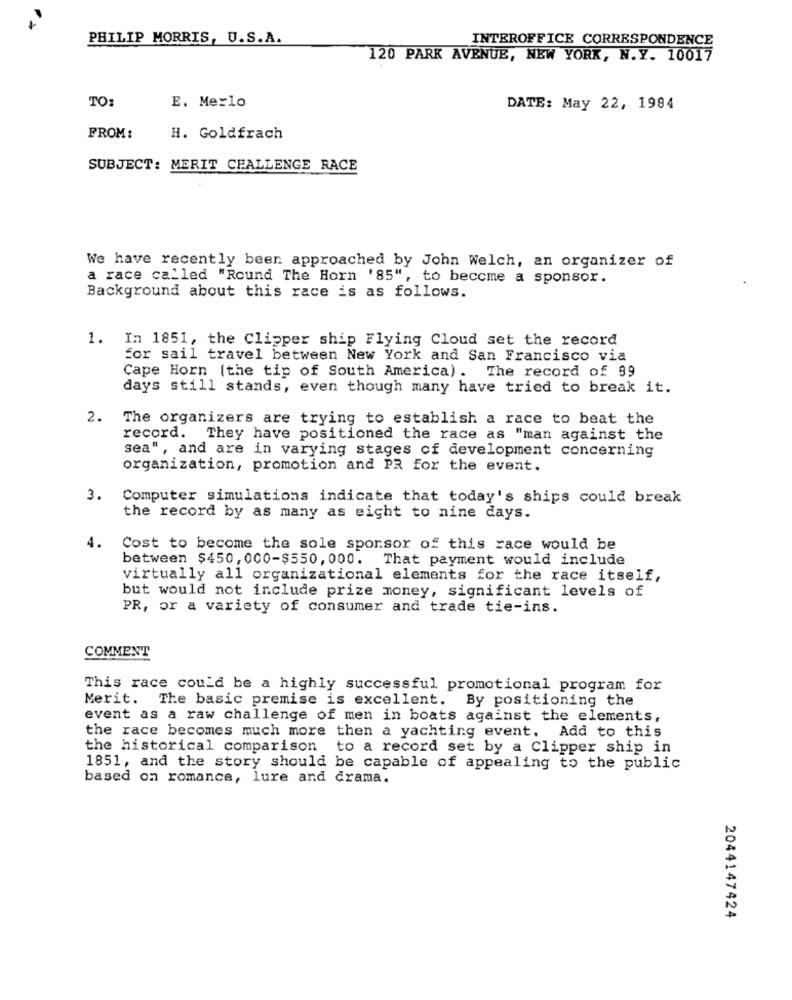
PHILIP MORRIS, U.S.A.
INTEROFFICE CORRESPONDENCE
120 PARK AVENUE, NEW YORK, N.Y. 10017
TO:
E. Merlo
DATE: May 22, 1984
FROM:
H. Goldfrach
SUBJECT: MERIT CHALLENGE RACE
We have recently been approached by John Welch, an organizer of
a race called "Round The Horn '85", to become a sponsor.
Background about this race is as follows.
1. In 1851, the Clipper ship Flying Cloud set the record
for sail travel between New York and San Francisco via
Cape Horn (the tip of South America). The record of 99
days still stands, even though many have tried to break it.
2.
The organizers are trying to establish a race to beat the
record. They have positioned the race as "man against the
sea", and are in varying stages of development concerning
organization, promotion and PR for the event.
3.
Computer simulations indicate that today's ships could break
the record by as many as eight to nine days.
4.
Cost to become the sole sporsor of this race would be
between $450, 000-$550, 000. That payment would include
virtually all organizational elements for the race itself,
but would not include prize money, significant levels of
PR, or a variety of consumer and trade tie-ins.
COMMENT
This race could be a highly successful promotional program for
Merit. The basic premise is excellent. By positioning the
event as a raw challenge of men in boats against the elements,
the race becomes much more then a yachting event. Add to this
the historical comparison to a record set by a Clipper ship in
1851, and the story should be capable of appealing to the public
based on romance, lure and drama.
2044147424